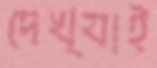
দেখ্যাই